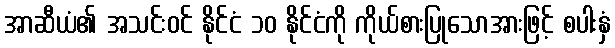
အာဆီယံ၏ အသင်းဝင် နိုင်ငံ ၁၀ နိုင်ငံကို ကိုယ်စားပြုသောအားဖြင့် စပါးနှံ